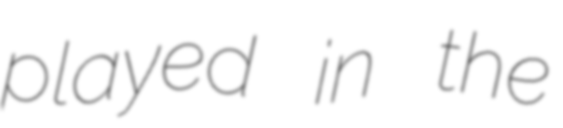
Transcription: played in the